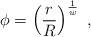
LaTeX: \begin{align*}\phi = \left({r\over R}\right)^{1\over w} \ ,\end{align*}